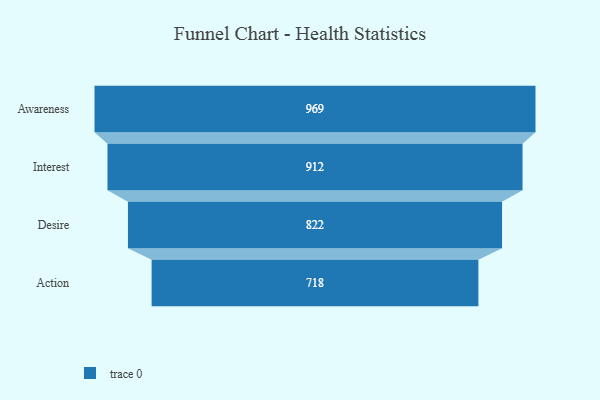
{"axis": {"x": "Stage", "y": "Value"}, "legend": [""], "data": [{"x": "Awareness", "y": 969.0, "type": ""}, {"x": "Interest", "y": 912.0, "type": ""}, {"x": "Desire", "y": 822.0, "type": ""}, {"x": "Action", "y": 718.0, "type": ""}]}